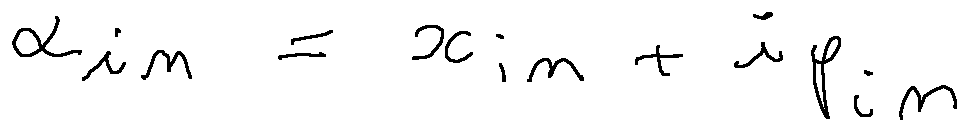
\alpha _ { i n } = x _ { i n } + i p _ { i n }